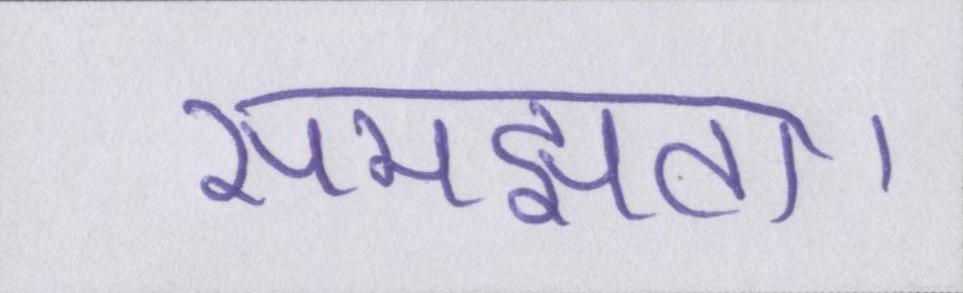
समझता।